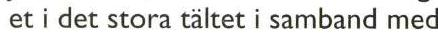
 et i det stora tältet i samband med